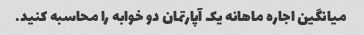
میانگین اجاره ماهانه یک آپارتمان دو خوابه را محاسبه کنید.